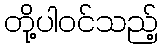
တို့ပါဝင်သည့်